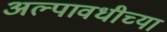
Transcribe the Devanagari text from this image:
अल्पावधीच्या